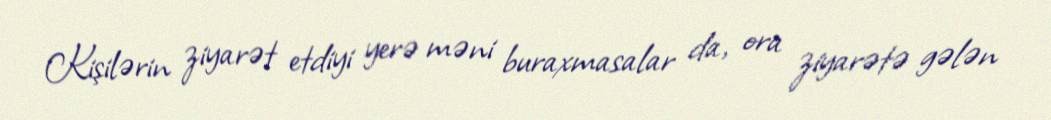
Kişilərin ziyarət etdiyi yerə məni buraxmasalar da, ora ziyarətə gələn